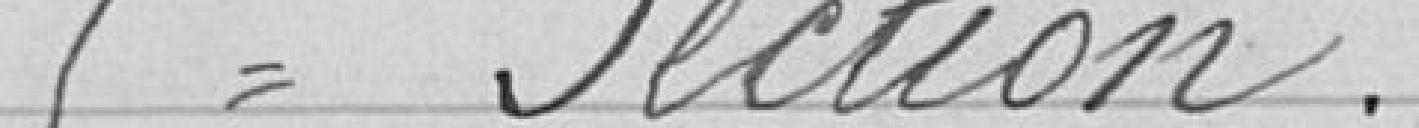
5ème Section